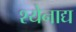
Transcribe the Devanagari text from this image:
श्येनाद्य